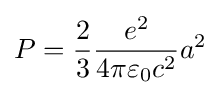
P={\frac {2}{3}}{\frac {e^{2}}{4\pi \varepsilon _{0}c^{2}}}a^{2}